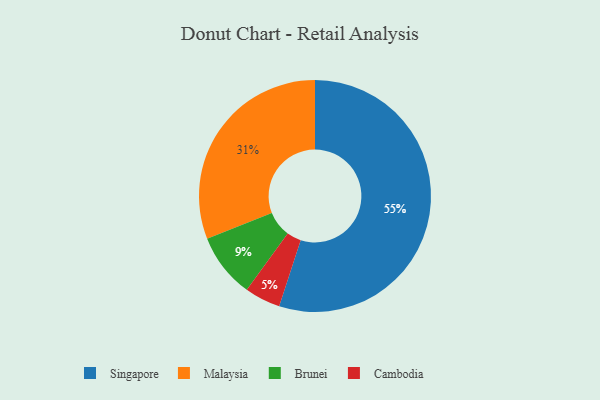
{"axis": {"x": "Category", "y": "Percentage"}, "legend": ["Brunei", "Cambodia", "Malaysia", "Singapore"], "data": [{"x": "Singapore", "y": 55, "type": "Singapore"}, {"x": "Malaysia", "y": 31, "type": "Malaysia"}, {"x": "Brunei", "y": 9, "type": "Brunei"}, {"x": "Cambodia", "y": 5, "type": "Cambodia"}]}